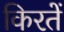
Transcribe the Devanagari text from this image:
किरतें